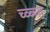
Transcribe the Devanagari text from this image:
च्व्ब्च्व्